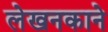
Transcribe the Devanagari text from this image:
लेखनकाने